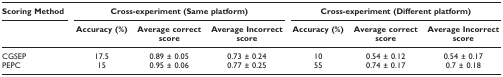
| Scoring Method | <COLSPAN=3> Cross-experiment (Same platform) | <COLSPAN=3> Cross-experiment (Different platform) |
 | --- | --- | --- | --- | --- | --- | --- |
 |  | Accuracy (%) | Average correct score | Average Incorrect score | Accuracy (%) | Average correct score | Average Incorrect score |
 | CGSEP | 17.5 | 0.89 ± 0.05 | 0.73 ± 0.24 | 10 | 0.54 ± 0.12 | 0.54 ± 0.17 |
 | PEPC | 15 | 0.95 ± 0.06 | 0.77 ± 0.25 | 55 | 0.74 ± 0.17 | 0.7 ± 0.18 |